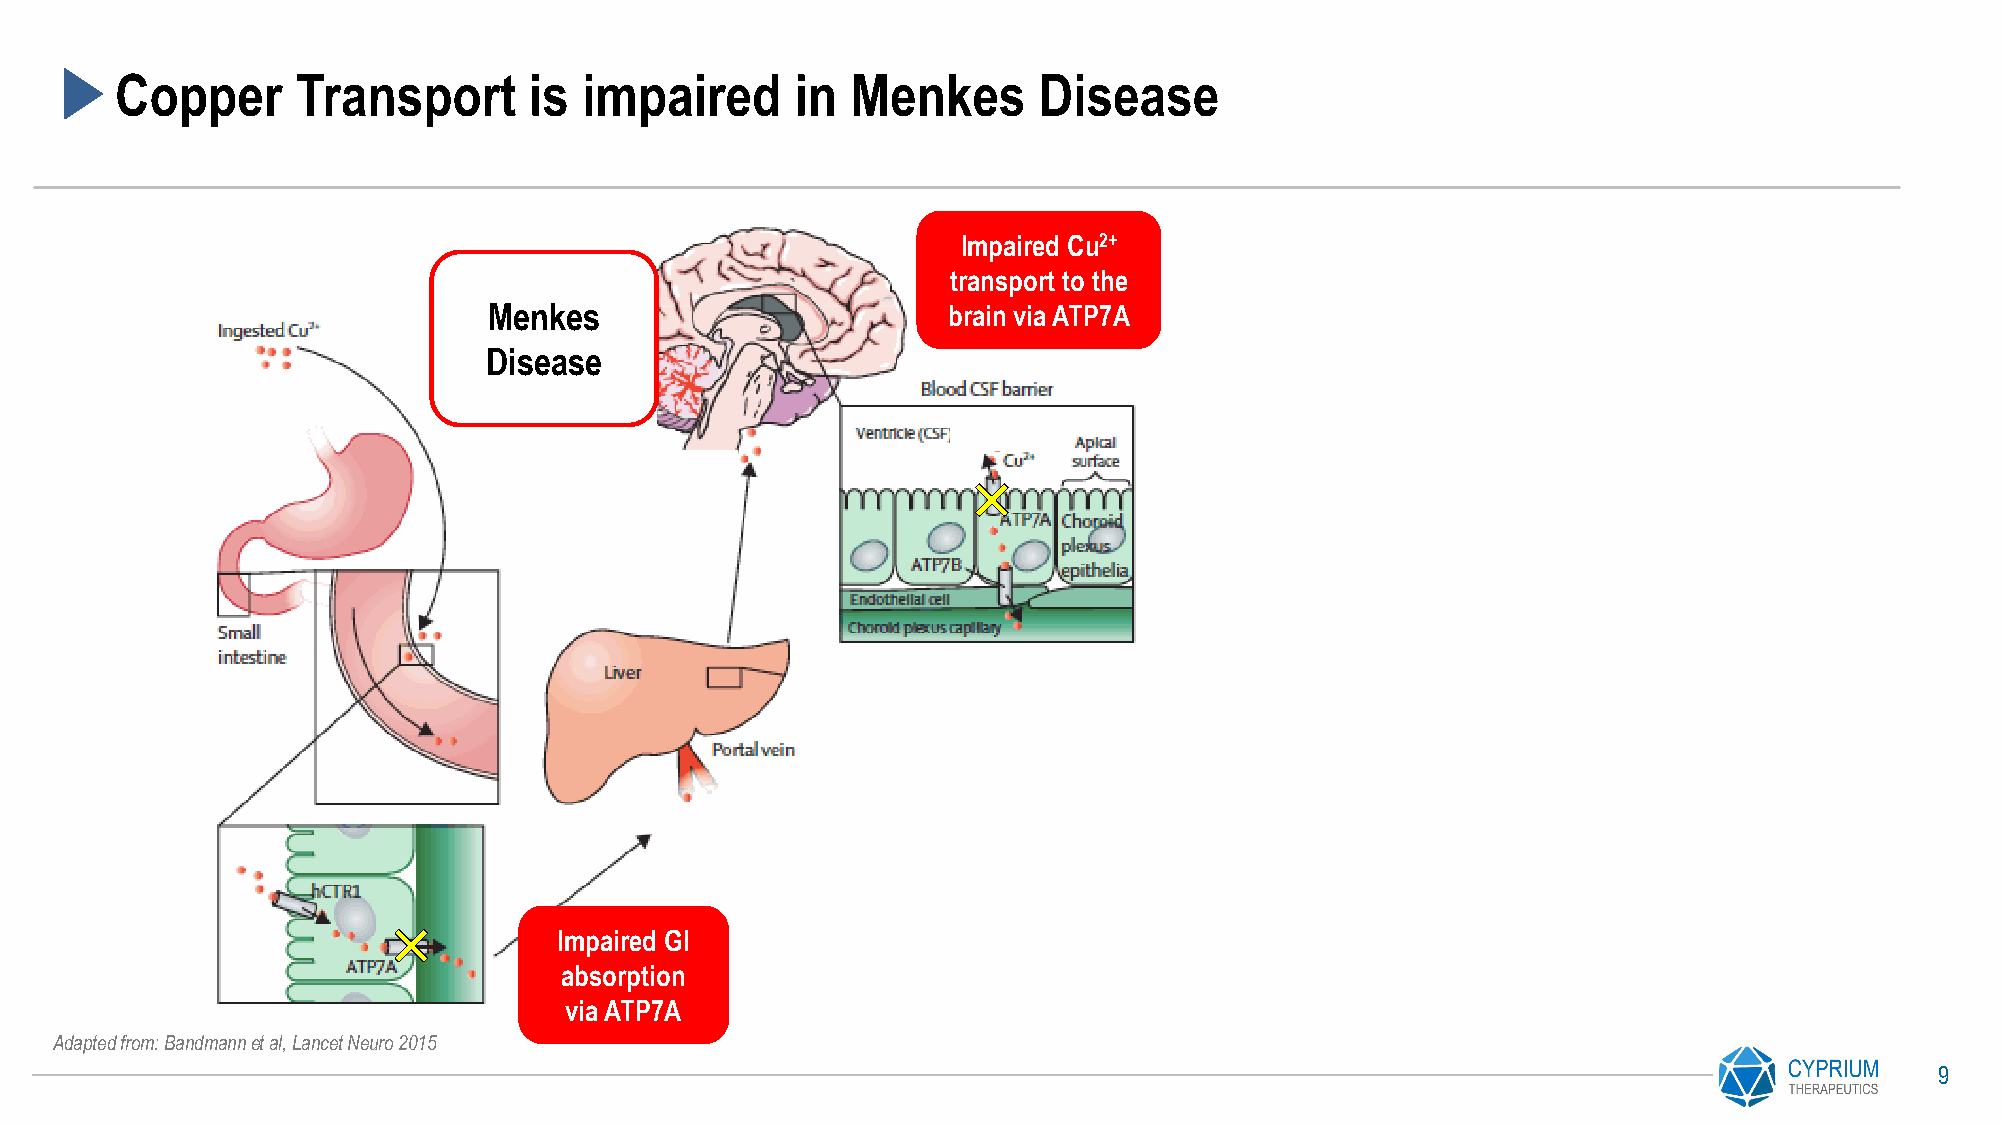
Copper      Transport      is  impaired      in Menkes       Disease
 Impaired Cu2+
 transport to the
 Menkes                         brain via ATP7A
 Disease
 D
 D
 D
 D
 Impaired GI
 absorption
 via ATP7A
 Adapted from: Bandmannet al, Lancet Neuro 2015
 9